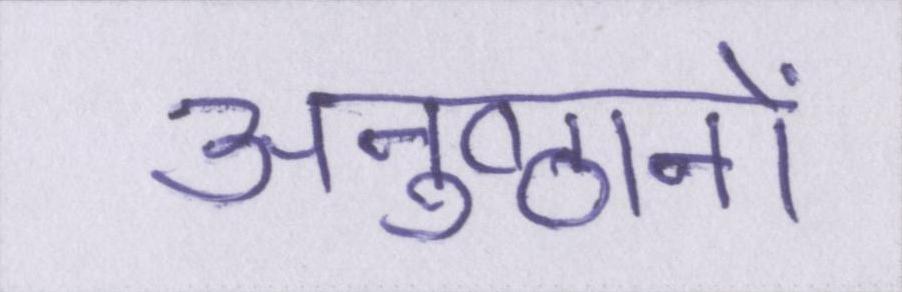
अनुष्ठानों